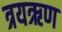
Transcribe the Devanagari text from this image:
त्रयऋण